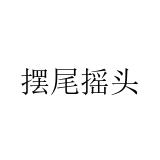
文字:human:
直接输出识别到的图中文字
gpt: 摆尾摇头